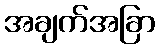
အချက်အခြာ